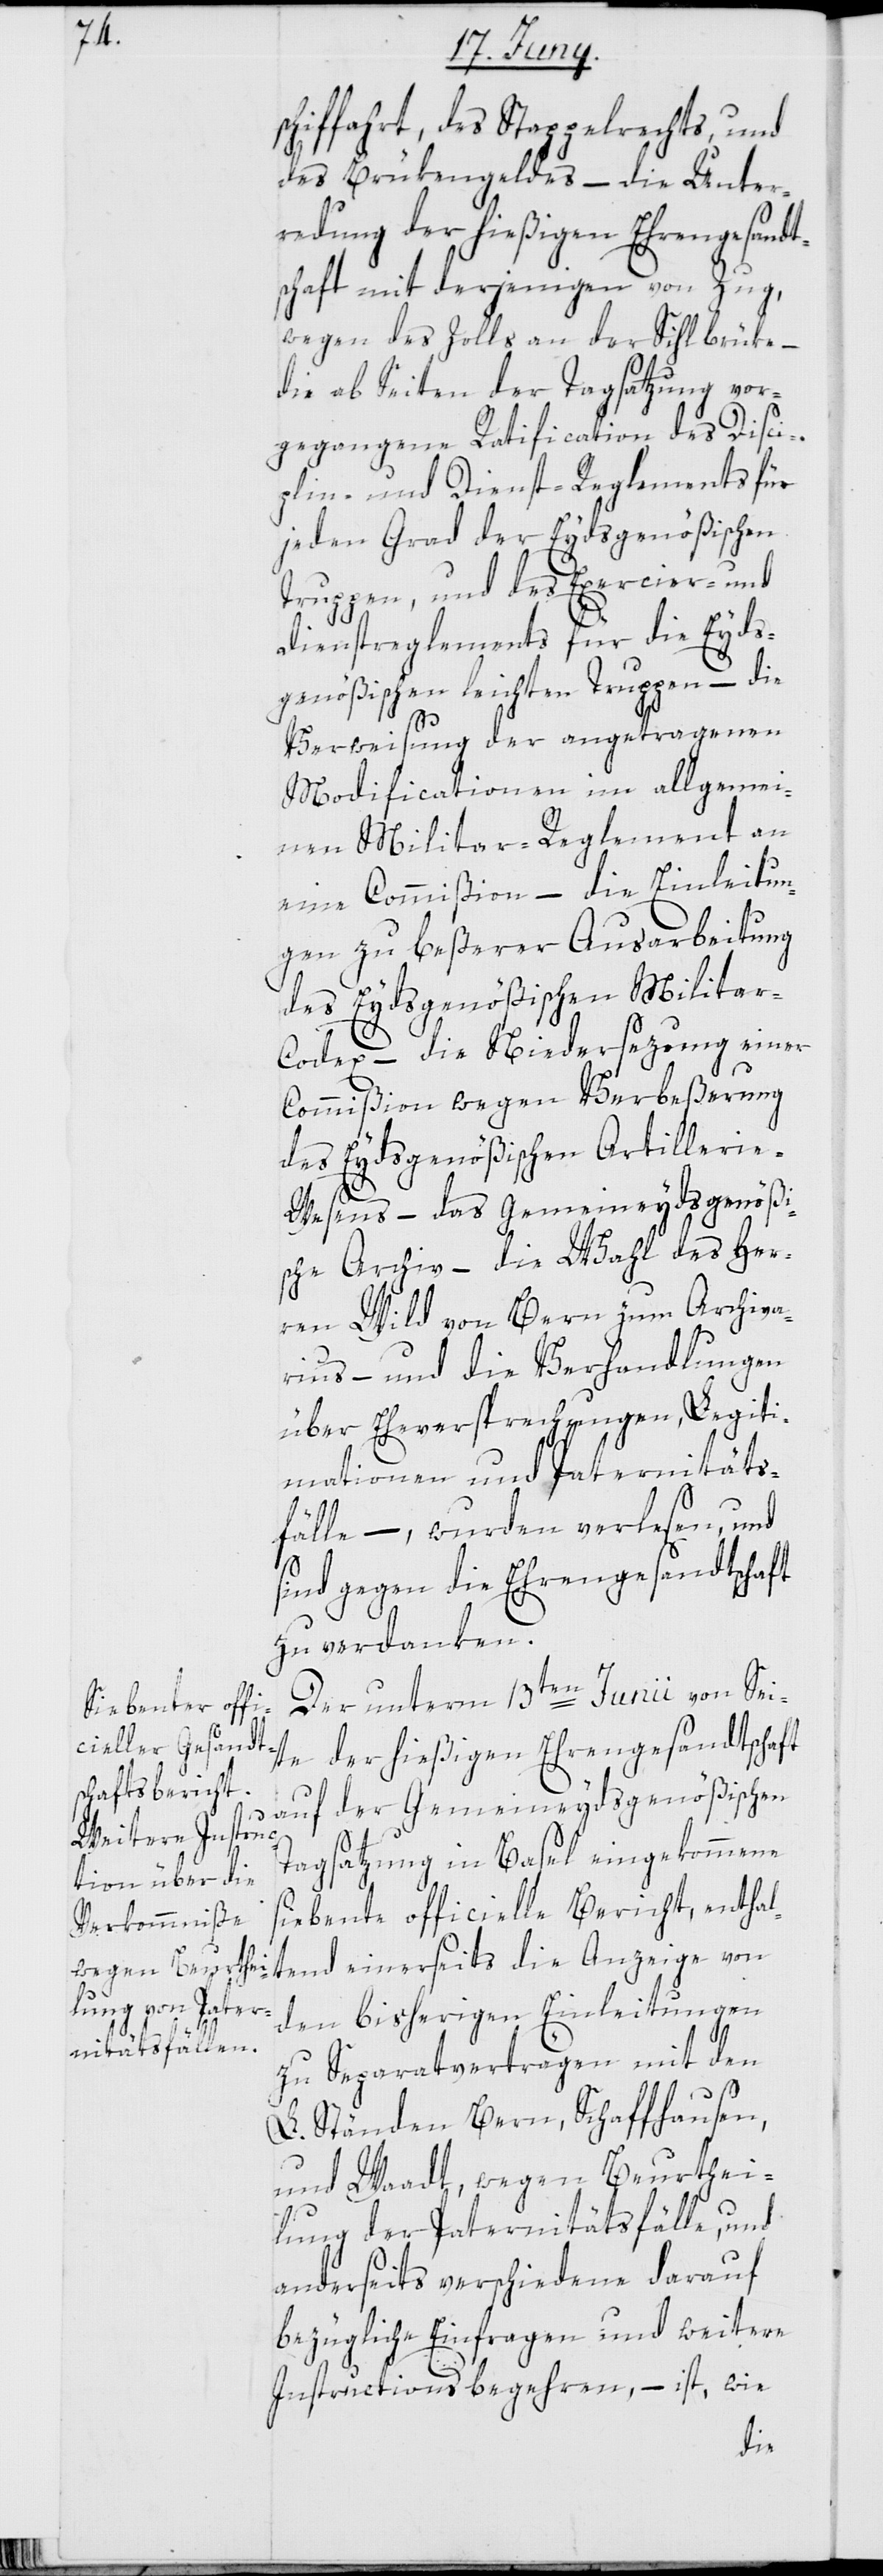
schiffahrt, des Stappelrechts, und
des Brükengeldes – die Unter¬
redung der hießigen Ehrengesandt¬
schaft mit derjenigen von Zug,
wegen des Zolls an der Sihlbrüke –
die ab Seiten der Tagsatzung vor¬
gegangene Ratification des Disci¬
plin- und Dienst-Reglements für
jeden Grad der Eydsgenößischen
Truppen, und des Exercier- und
Dienstreglements für die Eyds¬
genößischen leichten Truppen – die
Verweisung der angetragenen
Modificationen im allgemei¬
nen Militar-Reglement an
eine Commißion – die Einleitun¬
gen zu beßerer Ausarbeitung
des Eydsgenößischen Militar-C¬
odex – die Niedersezung einer
Commißion wegen Verbeßerung
des Eydsgenößischen Artilleri¬
e-Wesens – das gemeineydsgenößi¬
sche Archiv – die Wahl des Herr¬
en Wild von Bern zum Archiva¬
rius – und die Verhandlungen
über Eheversprechungen, Legiti¬
mationen und Paternitäts¬
fälle, – wurden verlesen, und
sind gegen die Ehrengesandtschaft
zu verdanken.
Der unterm 13ten Junii von Sei¬
der hießigen Ehrengesandtschaft
auf der Gemeineydsgenößischen
Tagsatzung in Basel eingekommene
siebente officielle Bericht, enthal¬
tend einerseits die Anzeige von
den bisherigen Einleitungen
zu Separatverträgen mit den
te
L. Ständen Bern, Schaffhausen
und Waadt, wegen Beurthei¬
lung der Paternitätsfälle, und
anderseits verschiedene darauf
bezügliche Einfragen und weitere
Instructionsbegehren, – ist, wie